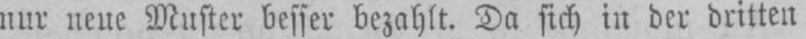
nur neue Muster besser bezahlt. Da sich in der dritten